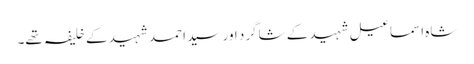
شاہ اسماعیل شہید کے شاگرد اور سید احمد شہید کے خلیفہ تھے۔